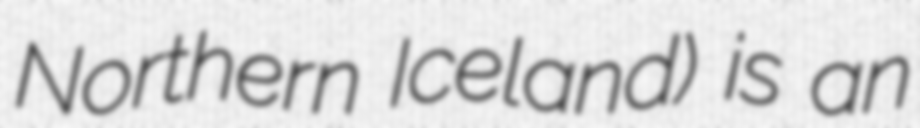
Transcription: Northern Iceland) is an